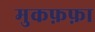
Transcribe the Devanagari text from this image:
मुकफ़फ़ा